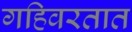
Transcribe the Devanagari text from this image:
गहिवरतात